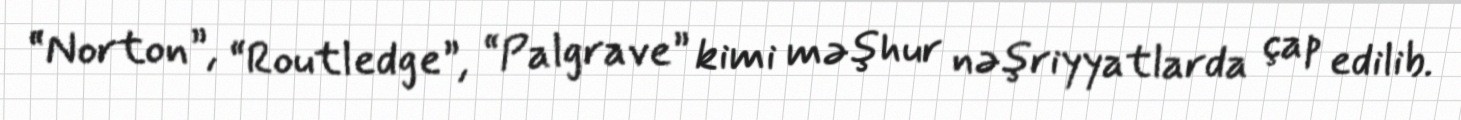
“Norton”, “Routledge”, “Palgrave” kimi məşhur nəşriyyatlarda çap edilib.